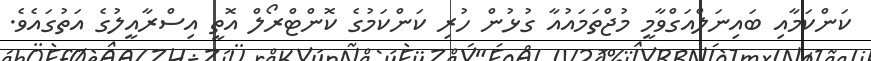
ކަންކަމާއި ބައިނަލްއަގްވާމީ މުޖްތަމައުއާ ގުޅުން ހުރި ކަންކަމުގެ ކޮންޓްރޯލް އޮތީ އިސްރާއީލުގެ އަތުގައެވެ.